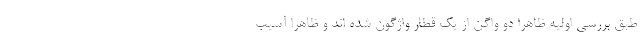
طبق بررسی اولیه ظاهرا دو واگن از یک قطار واژگون شده اند و ظاهرا آسیب